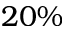
2 0 \%